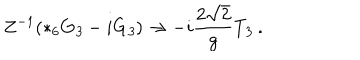
Z ^ { - 1 } ( * _ { 6 } G _ { \it 3 } - i G _ { \it 3 } ) \to - i \frac { 2 \sqrt { 2 } } { g } T _ { \it 3 } \ .